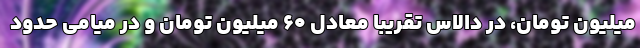
میلیون تومان، در دالاس تقریبا معادل 60 میلیون تومان و در میامی حدود